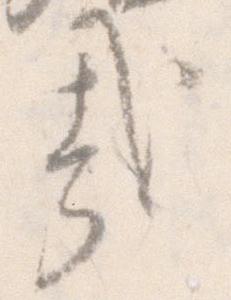
哉